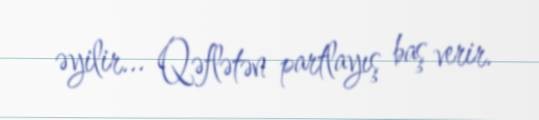
əyilir... Qəflətən partlayış baş verir.